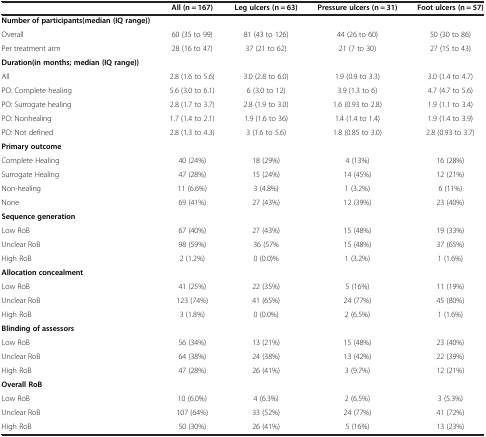
<table><thead><tr><td><b> </b></td><td><b>All (n = 167)</b></td><td><b>Leg ulcers (n = 63)</b></td><td><b>Pressure ulcers (n = 31)</b></td><td><b>Foot ulcers (n = 57)</b></td></tr></thead><tbody><tr><td><b>Number of participants(median (IQ range))</b></td><td> </td><td> </td><td> </td><td> </td></tr><tr><td>Overall</td><td>60 (35 to 99)</td><td>81 (43 to 126)</td><td>44 (26 to 60)</td><td>50 (30 to 86)</td></tr><tr><td>Per treatment arm</td><td>28 (16 to 47)</td><td>37 (21 to 62)</td><td>21 (7 to 30)</td><td>27 (15 to 43)</td></tr><tr><td><b>Duration(in months; median (IQ range))</b></td><td> </td><td> </td><td> </td><td> </td></tr><tr><td>All</td><td>2.8 (1.6 to 5.6)</td><td>3.0 (2.8 to 6.0)</td><td>1.9 (0.9 to 3.3)</td><td>3.0 (1.4 to 4.7)</td></tr><tr><td>PO: Complete healing</td><td>5.6 (3.0 to 6.1)</td><td>6 (3.0 to 12)</td><td>3.9 (1.3 to 6)</td><td>4.7 (4.7 to 5.6)</td></tr><tr><td>PO: Surrogate healing</td><td>2.8 (1.7 to 3.7)</td><td>2.8 (1.9 to 3.0)</td><td>1.6 (0.93 to 2.8)</td><td>1.9 (1.1 to 3.4)</td></tr><tr><td>PO: Nonhealing</td><td>1.7 (1.4 to 2.1)</td><td>1.9 (1.6 to 36)</td><td>1.4 (1.4 to 1.4)</td><td>1.9 (1.4 to 3.9)</td></tr><tr><td>PO: Not defined</td><td>2.8 (1.3 to 4.3)</td><td>3 (1.6 to 5.6)</td><td>1.8 (0.85 to 3.0)</td><td>2.8 (0.93 to 3.7)</td></tr><tr><td><b>Primary outcome</b></td><td> </td><td> </td><td> </td><td> </td></tr><tr><td>Complete Healing</td><td>40 (24%)</td><td>18 (29%)</td><td>4 (13%)</td><td>16 (28%)</td></tr><tr><td>Surrogate Healing</td><td>47 (28%)</td><td>15 (24%)</td><td>14 (45%)</td><td>12 (21%)</td></tr><tr><td>Non-healing</td><td>11 (6.6%)</td><td>3 (4.8%)</td><td>1 (3.2%)</td><td>6 (11%)</td></tr><tr><td>None</td><td>69 (41%)</td><td>27 (43%)</td><td>12 (39%)</td><td>23 (40%)</td></tr><tr><td><b>Sequence generation</b></td><td> </td><td> </td><td> </td><td> </td></tr><tr><td>Low RoB</td><td>67 (40%)</td><td>27 (43%)</td><td>15 (48%)</td><td>19 (33%)</td></tr><tr><td>Unclear RoB</td><td>98 (59%)</td><td>36 (57%</td><td>15 (48%)</td><td>37 (65%)</td></tr><tr><td>High RoB</td><td>2 (1.2%)</td><td>0 (0.0)%</td><td>1 (3.2%)</td><td>1 (1.6%)</td></tr><tr><td><b>Allocation concealment</b></td><td> </td><td> </td><td> </td><td> </td></tr><tr><td>Low RoB</td><td>41 (25%)</td><td>22 (35%)</td><td>5 (16%)</td><td>11 (19%)</td></tr><tr><td>Unclear RoB</td><td>123 (74%)</td><td>41 (65%)</td><td>24 (77%)</td><td>45 (80%)</td></tr><tr><td>High RoB</td><td>3 (1.8%)</td><td>0 (0.0%)</td><td>2 (6.5%)</td><td>1 (1.6%)</td></tr><tr><td><b>Blinding of assessors</b></td><td> </td><td> </td><td> </td><td> </td></tr><tr><td>Low RoB</td><td>56 (34%)</td><td>13 (21%)</td><td>15 (48%)</td><td>23 (40%)</td></tr><tr><td>Unclear RoB</td><td>64 (38%)</td><td>24 (38%)</td><td>13 (42%)</td><td>22 (39%)</td></tr><tr><td>High RoB</td><td>47 (28%)</td><td>26 (41%)</td><td>3 (9.7%)</td><td>12 (21%)</td></tr><tr><td><b>Overall RoB</b></td><td> </td><td> </td><td> </td><td> </td></tr><tr><td>Low RoB</td><td>10 (6.0%)</td><td>4 (6.3%)</td><td>2 (6.5%)</td><td>3 (5.3%)</td></tr><tr><td>Unclear RoB</td><td>107 (64%)</td><td>33 (52%)</td><td>24 (77%)</td><td>41 (72%)</td></tr><tr><td>High RoB</td><td>50 (30%)</td><td>26 (41%)</td><td>5 (16%)</td><td>13 (23%)</td></tr></tbody></table>